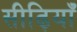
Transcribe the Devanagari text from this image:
सीढ़ियाँ